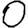
Digit: 0